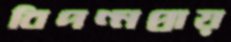
বিপণ্নপ্রায়